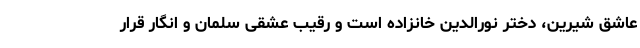
عاشق شیرین، دختر نورالدین خانزاده است و رقیب عشقی سلمان و انگار قرار